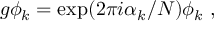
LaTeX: g \phi _ { k } = \exp ( 2 \pi i \alpha _ { k } / N ) \phi _ { k } ~ ,